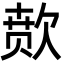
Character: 𬅫